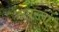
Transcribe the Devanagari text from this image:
अवरला